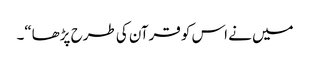
میں نے اس کو قرآن کی طرح پڑھا“۔